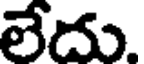
లేదు.